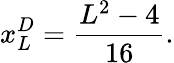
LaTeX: x_{L}^{D}=\frac{L^{2}-4}{16}.